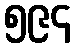
၅၉၄